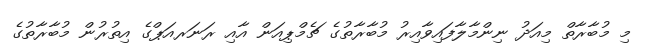
މި މުބާރާތް މިއަދު ނިންމާލާފައިވާއިރު މުބާރާތުގެ ޗެމްޕިއަން އާއި ރަނަރއަޕްގެ އިތުރުން މުބާރާތުގެ